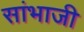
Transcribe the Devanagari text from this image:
सांभाजी